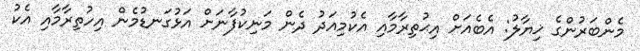
މެންބަރުންގެ ޚިޔާލު: އެބެއަށް އިޙުތިރާމާއި އެކުމިއަދު ދެން މަނިކުފާނަށް އަޅުގަނޑުމެން އިހުތިރާމާއި އެކު